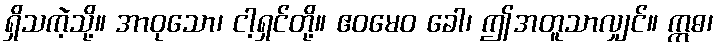
ရှိသကဲ့သို့။ အာဝုသော၊ ငါ့ရှင်တို့။ ဧဝမေဝ ခေါ၊ ဤအတူသာလျှင်။ ဣဓ၊